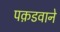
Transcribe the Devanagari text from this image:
पक़डवाने